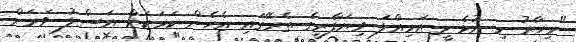
"މިހާރު މި އުޅެނީ އަމިއްލަ ވިޔަފާރީގެ ތެރޭގައި އެހެން ކަމަކަށް އަސްލު ވަރަށް